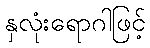
နှလုံးရောဂါဖြင့်